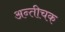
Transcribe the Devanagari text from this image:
अन्तीचक